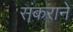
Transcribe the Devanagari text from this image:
संकराने